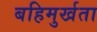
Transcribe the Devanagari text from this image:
बहिमुर्खता